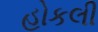
હોકલી